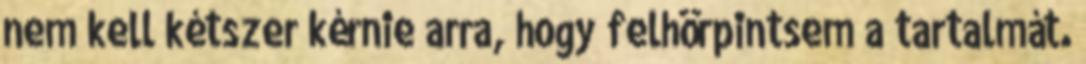
nem kell kétszer kérnie arra, hogy felhörpintsem a tartalmát.